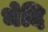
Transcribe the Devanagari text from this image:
भेदि